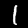
Digit: 1